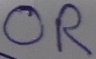
Text: OR